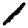
Digit: 1